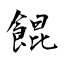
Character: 餛